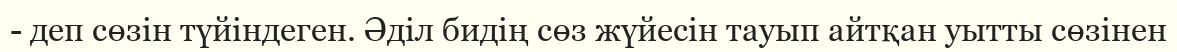
- деп сөзін түйіндеген. Әділ бидің сөз жүйесін тауып айтқан уытты сөзінен